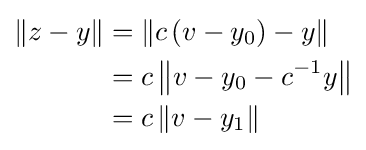
{\begin{aligned}\|z-y\|&=\left\|c\left(v-y_{0}\right)-y\right\|\\&=c\left\|v-y_{0}-c^{-1}y\right\|\\&=c\left\|v-y_{1}\right\|\end{aligned}}